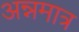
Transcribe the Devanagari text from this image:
अन्नमात्र